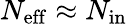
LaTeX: {N_{\mathrm{eff}}}\approx N_{\mathrm{in}}